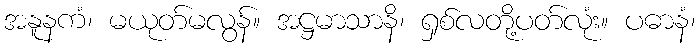
အနူနကံ၊ မယုတ်မလွန်။ အဋ္ဌမာသာနိ၊ ရှစ်လတို့ပတ်လုံး။ ပဓာနံ၊